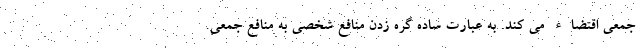
جمعی اقتضاء می کند. به عبارت ساده گره زدن منافع شخصی به منافع جمعی.